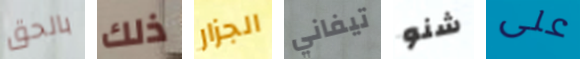
بالحق ذلك الجزار تيفاني شنو على